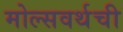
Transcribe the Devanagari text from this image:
मोल्सवर्थची